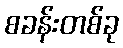
စခန်းတစ်ခု